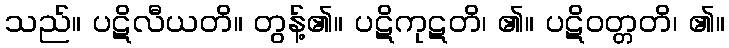
သည်။ ပဋိလီယတိ။ တွန့်၏။ ပဋိကုဋတိ၊ ၏။ ပဋိဝတ္တတိ၊ ၏။